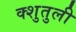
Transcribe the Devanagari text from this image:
क्शुतुली